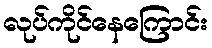
လုပ်ကိုင်နေကြောင်း